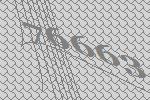
76663